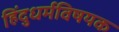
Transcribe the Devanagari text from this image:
हिंदुधर्मविषयक